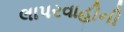
લાપરવાહીની